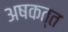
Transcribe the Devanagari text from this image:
अषकत्त